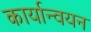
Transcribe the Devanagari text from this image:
कार्यान्‍वयन